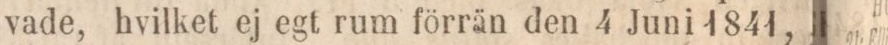
vade, hvilket ej egt rum förrän den 4 Juni 1841,